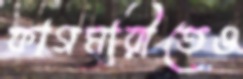
কাগমারীতেও